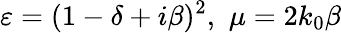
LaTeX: \varepsilon=(1-\delta+i\beta)^{2},\, \, \mu=2k_{0}\beta